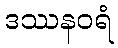
ဒဿနဝရံ